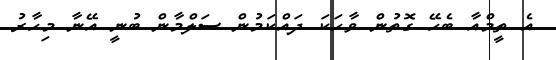
އެ ތީމްއާ ބެހޭ ގޮތުން ވާހަކަ ދައްކަމުން ސަލްމާން ބުނީ އޭނާ މިހާރު